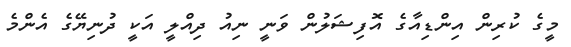
މީގެ ކުރިން އިންޑިއާގެ އޮފިޝަލުން ވަނީ ނިއު ދިއްލީ އަކީ ދުނިޔޭގެ އެންމެ